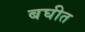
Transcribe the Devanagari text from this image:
बघीत